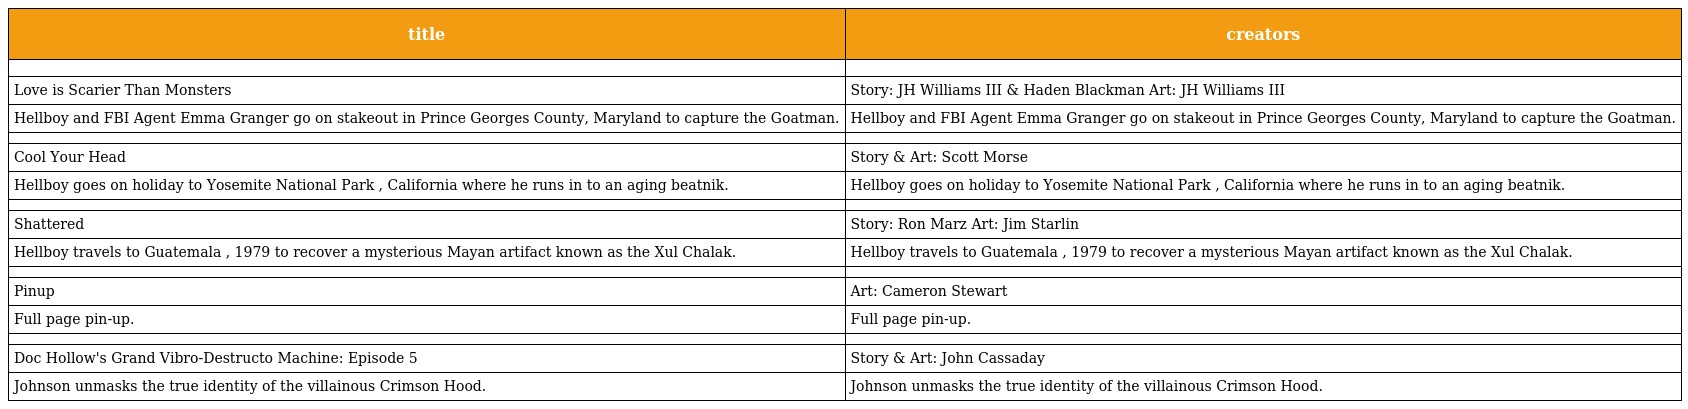
| title | creators |
 | --- | --- |
 |  |  |
 | Love is Scarier Than Monsters | Story: JH Williams III & Haden Blackman Art: JH Williams III |
 | Hellboy and FBI Agent Emma Granger go on stakeout in Prince Georges County, Maryland to capture the Goatman. | Hellboy and FBI Agent Emma Granger go on stakeout in Prince Georges County, Maryland to capture the Goatman. |
 |  |  |
 | Cool Your Head | Story & Art: Scott Morse |
 | Hellboy goes on holiday to Yosemite National Park , California where he runs in to an aging beatnik. | Hellboy goes on holiday to Yosemite National Park , California where he runs in to an aging beatnik. |
 |  |  |
 | Shattered | Story: Ron Marz Art: Jim Starlin |
 | Hellboy travels to Guatemala , 1979 to recover a mysterious Mayan artifact known as the Xul Chalak. | Hellboy travels to Guatemala , 1979 to recover a mysterious Mayan artifact known as the Xul Chalak. |
 |  |  |
 | Pinup | Art: Cameron Stewart |
 | Full page pin-up. | Full page pin-up. |
 |  |  |
 | Doc Hollow's Grand Vibro-Destructo Machine: Episode 5 | Story & Art: John Cassaday |
 | Johnson unmasks the true identity of the villainous Crimson Hood. | Johnson unmasks the true identity of the villainous Crimson Hood. |